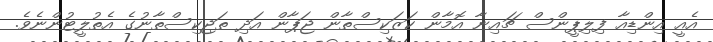
އެއީ އިންޑިއާ ފިލިޕީންސް ޗައިނާ އޮމާން ކަޒަކިސްތާން ޖަޕާން އަދި ތަޖިކިސްތާނުގެ އެތުލީޓުންނެވެ.